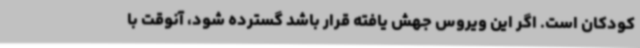
کودکان است. اگر این ویروس جهش یافته قرار باشد گسترده شود، آنوقت با